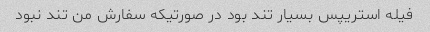
فیله استریپس بسیار تند بود در صورتیکه سفارش من تند نبود